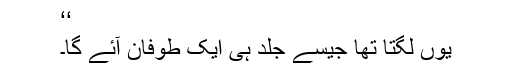
‘‘
یوں لگتا تھا جیسے جلد ہی ایک طوفان آئے گا۔